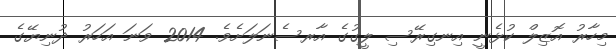
މިހާރު އޮޒިލް ކުޅެނީ އިނގިރޭސި ލީގުގެ އާރސެނަލަށެވެ. 2014 ވަނަ އަހަރު ދުނިޔޭގެ